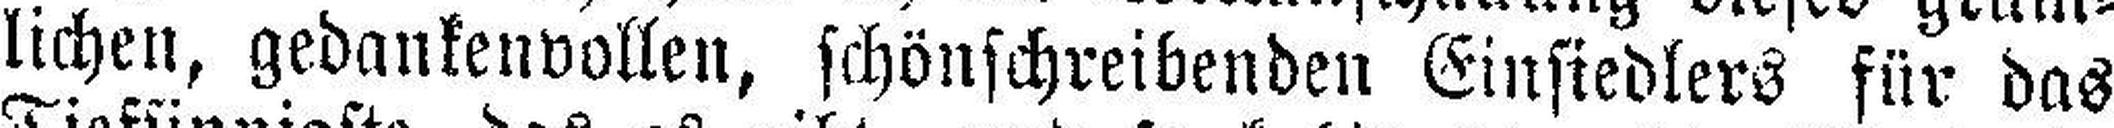
lichen, gedankenvollen, schönschreibenden Einsiedlers für das